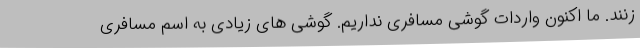
زنند. ما اکنون واردات گوشی مسافری نداریم. گوشی های زیادی به اسم مسافری